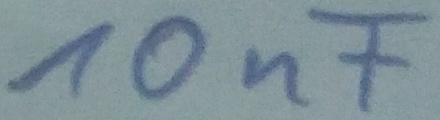
Text: 10nF